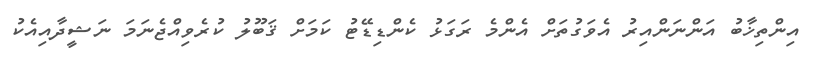
އިންތިޚާބު އަންނަންއިރު އެވަގުތަށް އެންމެ ރަގަޅު ކެންޑިޑޭޓު ކަމަށް ޤަބޫލު ކުރެވިއްޖެނަމަ ނަޝީދާއިއެކު